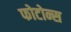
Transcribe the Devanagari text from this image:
फोटोन्स